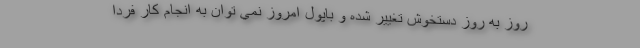
روز به روز دستخوش تغيير شده و باپول امروز نمي توان به انجام كار فردا